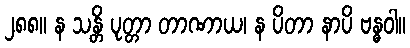
၂၈၈။ န သန္တိ ပုတ္တာ တာဏာယ၊ န ပိတာ နာပိ ဗန္ဓဝါ။